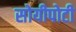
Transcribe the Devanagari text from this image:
सोयीपोटी